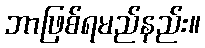
ဘာဖြစ်ရမည်နည်း။